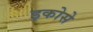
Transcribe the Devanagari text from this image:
इकोसे